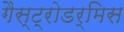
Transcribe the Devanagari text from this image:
गैस्ट्रोडर्मिस